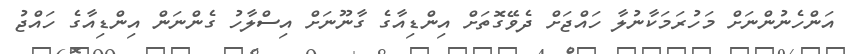
އަންހެނުންނަށް މަހުރަމަކާނުލާ ހައްޖަށް ދެވޭގޮތަށް އިންޑިއާގެ ގާނޫނަށް އިސްލާހު ގެންނަން އިންޑިއާގެ ހައްޖު